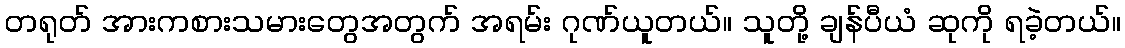
တရုတ် အားကစားသမားတွေအတွက် အရမ်း ဂုဏ်ယူတယ်။ သူတို့ ချန်ပီယံ ဆုကို ရခဲ့တယ်။